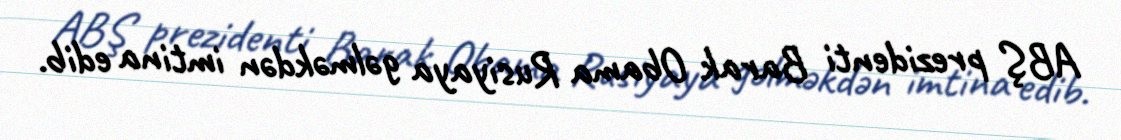
ABŞ prezidenti Barak Obama Rusiyaya gəlməkdən imtina edib.